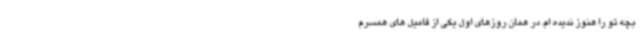
بچه تو را هنوز ندیده ام. در همان روزهای اول یکی از فامیل های همسرم